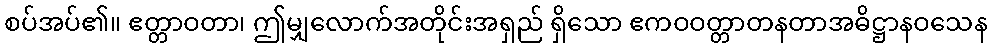
စပ်အပ်၏။ ဧတ္တာဝတာ၊ ဤမျှလောက်အတိုင်းအရှည် ရှိသော ဧကဝဝတ္တာတနတာအဓိဋ္ဌာနဝသေန